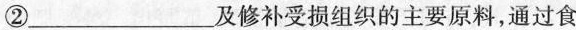
②___及修补受损组织的主要原料，通过食